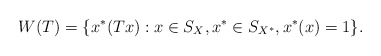
\begin{align*}W(T)=\{x^*(Tx):x \in S_X,x^* \in S_{X^*},x^*(x)=1\}.\end{align*}